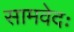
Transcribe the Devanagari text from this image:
सामवेदः